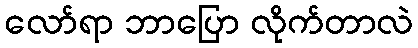
လော်ရာ ဘာပြော လိုက်တာလဲ